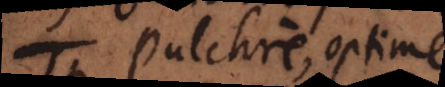
Pulchre, optime;